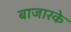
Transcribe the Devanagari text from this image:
बाजारके